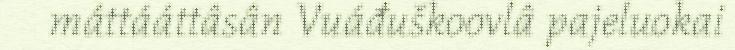
máttááttâsân Vuáđuškoovlâ pajeluokai